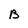
Character: B